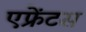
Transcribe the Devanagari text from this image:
एफ्रेंटस